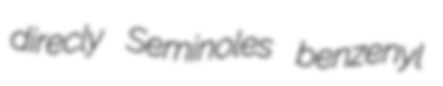
direcly Seminoles benzenyl